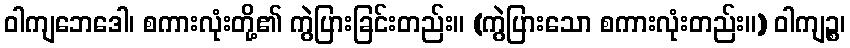
ဝါကျဘေဒေါ၊ စကားလုံးတို့၏ ကွဲပြားခြင်းတည်း။ (ကွဲပြားသော စကားလုံးတည်း။) ဝါကျဉ္စ၊